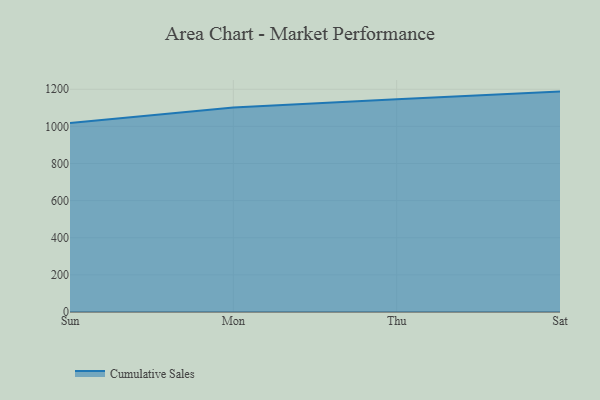
{"axis": {"x": "Day", "y": "Budget (USD K)"}, "legend": ["Cumulative Sales"], "data": [{"x": "Sun", "y": 1018.3, "type": "Cumulative Sales"}, {"x": "Mon", "y": 1101.1, "type": "Cumulative Sales"}, {"x": "Thu", "y": 1145.6, "type": "Cumulative Sales"}, {"x": "Sat", "y": 1187.4, "type": "Cumulative Sales"}]}